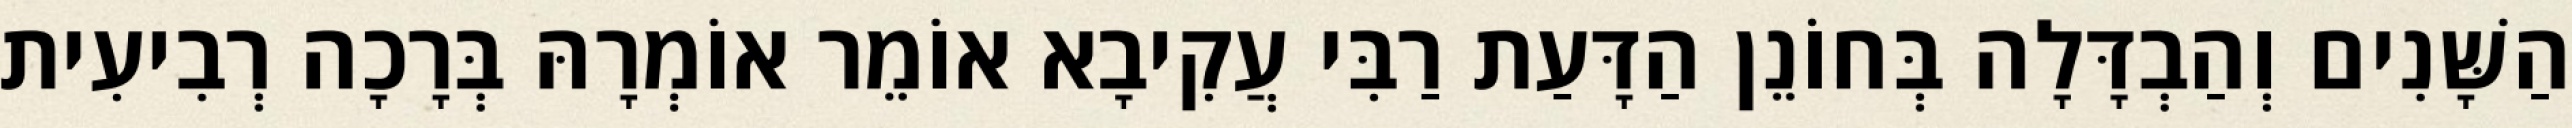
הַשָּׁנִים וְהַבְדָּלָה בְּחוֹנֵן הַדָּעַת רַבִּי עֲקִיבָא אוֹמֵר אוֹמְרָהּ בְּרָכָה רְבִיעִית